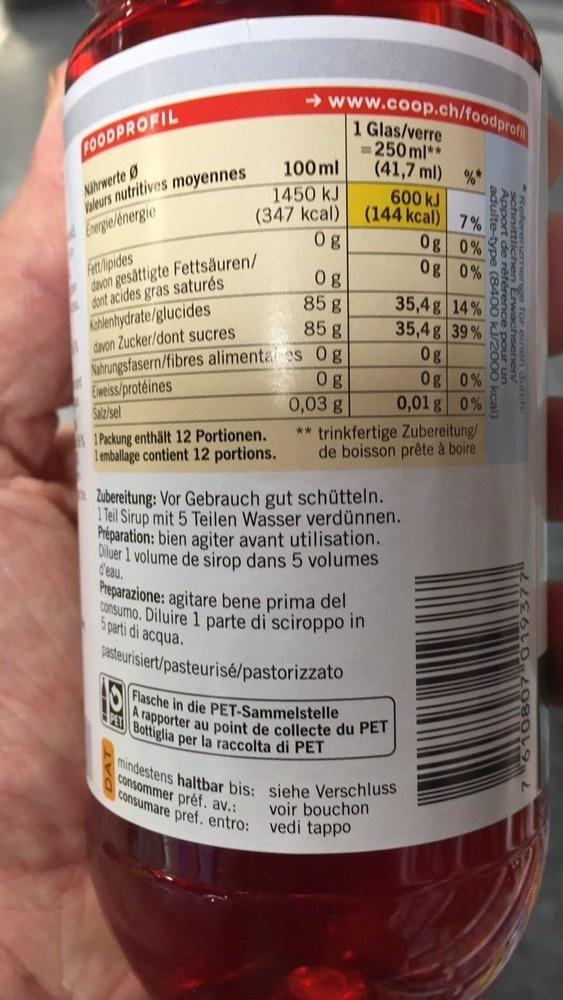
FOODPROFIL
Nährwerte Ø
Valeurs nutritives moyennes Energie/energie
100ml
1450 kJ
(347 kcal)
Og
Fett lipides
davon gesättigte Fettsäuren/ dont acides gras saturés Kohlenhydrate/glucides davon Zucker/dont sucres
Nahrungsfasern/fibres alimentales
Eweiss/protéines
www.coop.ch/foodprofil
1 Glas/verre
=250ml** (41,7 ml)
Salz/sel
1 Packung enthält 12 Portionen. 1 emballage contient 12 portions.
Og
85 g
85 g
Og
Og
0,03 g
600 kJ
(144 kcal)
0g
35,4 g 14%
35,4 g 39%
Og
0g
Zubereitung: Vor Gebrauch gut schütteln. 1 Teil Sirup mit 5 Teilen Wasser verdünnen. Préparation: bien agiter avant utilisation. Diluer 1 volume de sirop dans 5 volumes
d'eau.
0g 0%
0,01 g 0%
Preparazione: agitare bene prima del consumo. Diluire 1 parte di sciroppo in
5 parti di acqua.
pasteurisiert/pasteurisé/pastorizzato
Flasche in die PET-Sammelstelle PET Bottiglia per la raccolta di PET A rapporter au point de collecte du PET
%*
7%
0%
0%
OO
** trinkfertige Zubereitung/ de boisson prête à boire
mindestens haltbar bis: siehe Verschluss
consommer préf. av.:
voir bouchon
consumare pref. entro: vedi tappo
Apport de référence pour un
Erwachen dur